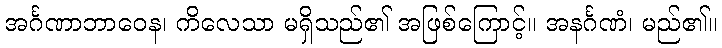
အင်္ဂဏာဘာဝေန၊ ကိလေသာ မရှိသည်၏ အဖြစ်ကြောင့်။ အနင်္ဂဏံ၊ မည်၏။